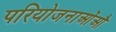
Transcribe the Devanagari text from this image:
परियोजनाओंऔ